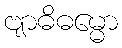
ဗျာဓိဓမ္မော